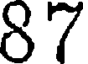
87